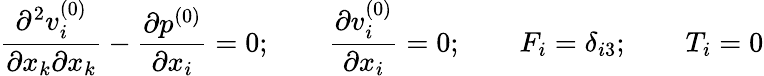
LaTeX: \frac{\partial^{2}v_{i}^{(0)}}{\partial x_{k}\partial x_{k}}-\frac{\partial p^{(0)}}{\partial x_{i}}=0;\qquad\frac{\partial v_{i}^{(0)}}{\partial x_{i}}=0;\qquad F_{i}=\delta_{i3};\qquad T_{i}=0